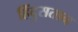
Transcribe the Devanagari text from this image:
हिंदुसतान